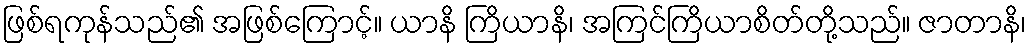
ဖြစ်ရကုန်သည်၏ အဖြစ်ကြောင့်။ ယာနိ ကြိယာနိ၊ အကြင်ကြိယာစိတ်တို့သည်။ ဇာတာနိ၊